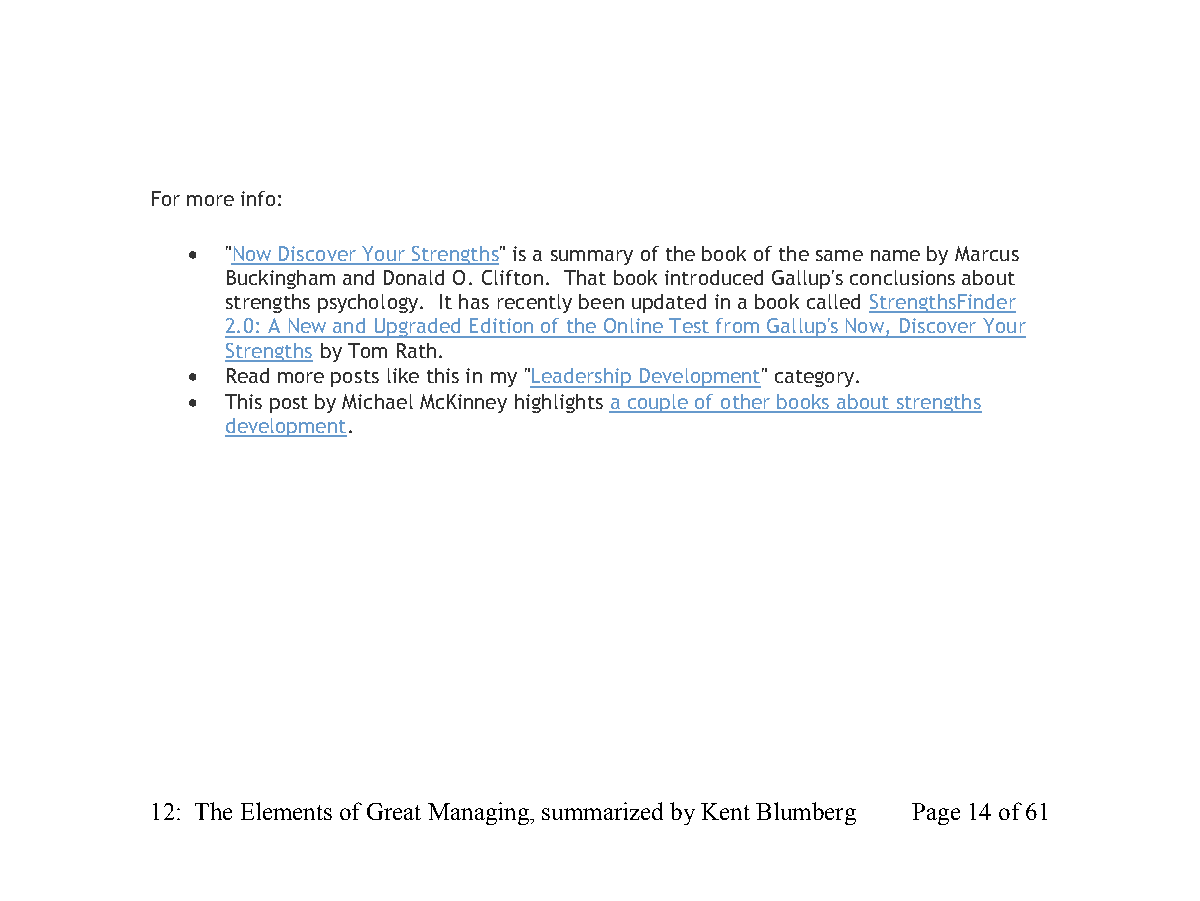
For more info:
   "Now Discover Your Strengths" is a summary of the book of the same name by Marcus
 Buckingham and Donald O. Clifton. That book introduced Gallup's conclusions about
 strengths psychology. It has recently been updated in a book called StrengthsFinder
 2.0: A New and Upgraded Edition of the Online Test from Gallup's Now, Discover Your
 Strengths by Tom Rath.
   Read more posts like this in my "Leadership Development" category.
   This post by Michael McKinney highlights a couple of other books about strengths
 development.
 12: The Elements of Great Managing, summarized by Kent Blumberg Page 14 of 61